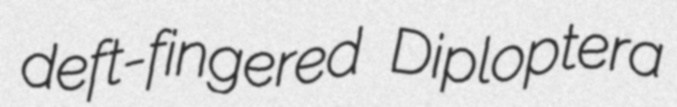
deft-fingered Diploptera